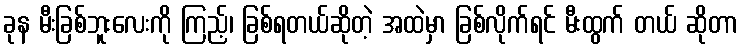
ခုန မီးခြစ်ဘူးလေးကို ကြည့်၊ ခြစ်ရတယ်ဆိုတဲ့ အထဲမှာ ခြစ်လိုက်ရင် မီးထွက် တယ် ဆိုတာ